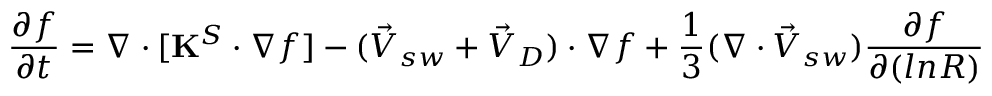
\frac { \partial f } { \partial t } = \nabla \cdot [ \mathbf { K } ^ { S } \cdot \nabla f ] - ( \vec { V } _ { s w } + \vec { V } _ { D } ) \cdot \nabla f + \frac { 1 } { 3 } ( \nabla \cdot \vec { V } _ { s w } ) \frac { \partial f } { \partial ( l n R ) }